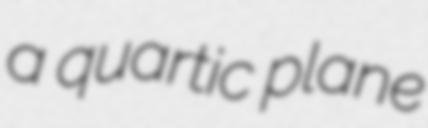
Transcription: a quartic plane